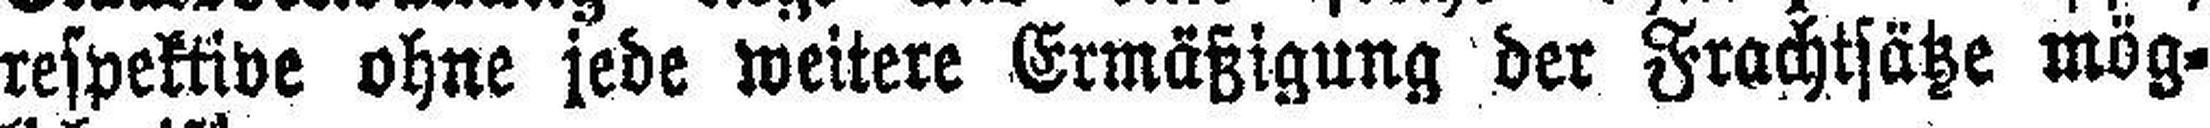
respektive ohne jede weitere Ermäßigung der Frachtsätze mög¬